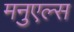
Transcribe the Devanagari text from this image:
मनुएल्स